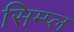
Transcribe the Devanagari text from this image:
सिम्प्ल